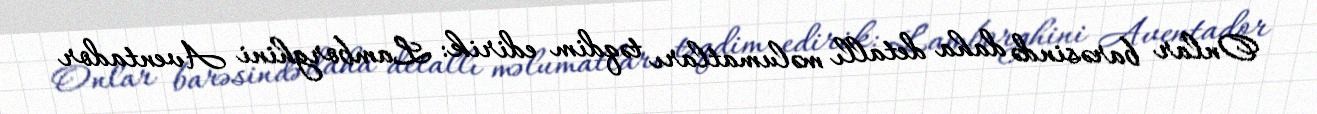
Onlar barəsində daha detallı məlumatları təqdim edirik: Lamborghini Aventador